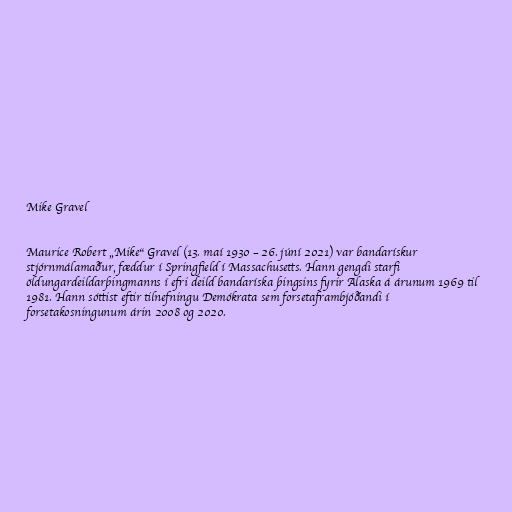
Mike Gravel

Maurice Robert „Mike“ Gravel (13. maí 1930 – 26. júní 2021) var bandarískur
stjórnmálamaður, fæddur í Springfield í Massachusetts. Hann gengdi starfi
öldungardeildarþingmanns í efri deild bandaríska þingsins fyrir Alaska á árunum 1969 til
1981. Hann sóttist eftir tilnefningu Demókrata sem forsetaframbjóðandi í
forsetakosningunum árin 2008 og 2020.